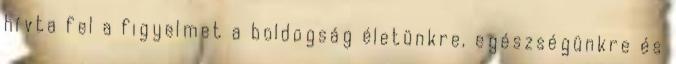
hívta fel a figyelmet a boldogság életünkre, egészségünkre és